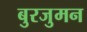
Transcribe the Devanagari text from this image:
बुरजुमन